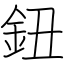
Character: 鈕